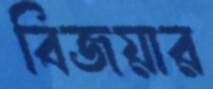
বিজয়ার